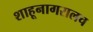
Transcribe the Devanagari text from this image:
शाहूनागरालच